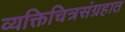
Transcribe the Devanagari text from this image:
व्यक्तिचित्रसंग्रहात